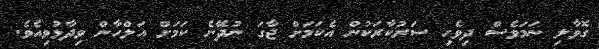
ގޮވާލި ނަމަވެސް ދިވެހި ސަރުކާރަކުން އެކަމަށް ޖާގަ ނުދޭނެ ކަމަށް އަލްހާން ވިދާޅުވިއެވެ.